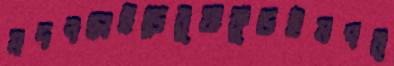
মদনছাইড়েবুয়াকুড়ইমপর্